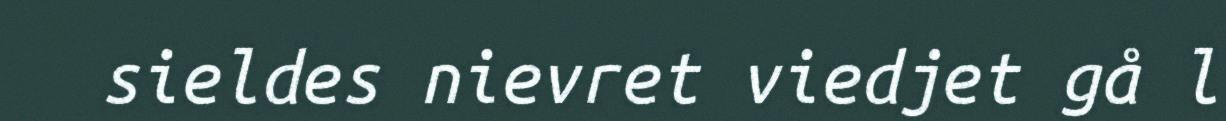
sieldes nievret viedjet gå l